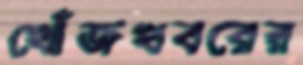
খোঁজখবরের